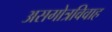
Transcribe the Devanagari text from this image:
असगोत्रविवाह